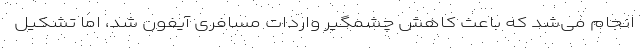
انجام می‌شد که باعث کاهش چشمگیر واردات مسافری آیفون شد، اما تشکیل